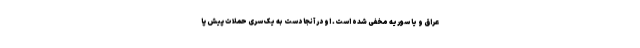
عراق و یا سوریه مخفی شده است. او در آنجا دست به یک سری حملات پیش پا